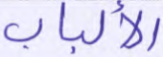
الألباب